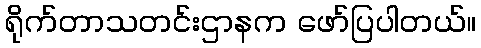
ရိုက်တာသတင်းဌာနက ဖော်ပြပါတယ်။